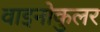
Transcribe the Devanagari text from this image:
वाइनोकुलर